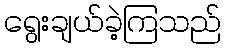
ရွေးချယ်ခဲ့ကြသည်